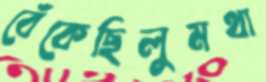
বেঁকেছিলুমথা